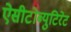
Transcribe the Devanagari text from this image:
ऐसीटोब्युटिरेट